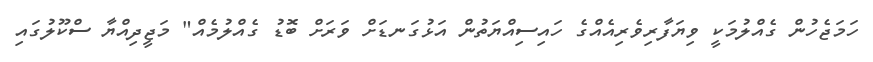
ހަމަޖެހުން ގެއްލުމަކީ ވިޔަފާރިވެރިއެއްގެ ހައިސިއްޔަތުން އަޅުގަނޑަށް ވަރަށް ބޮޑު ގެއްލުމެއް" މަޖީދިއްޔާ ސްކޫލުގައި